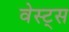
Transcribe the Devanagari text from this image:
वेस्ट्स